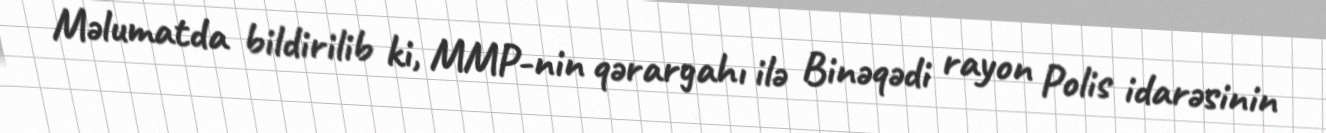
Məlumatda bildirilib ki, MMP-nin qərargahı ilə Binəqədi rayon Polis idarəsinin